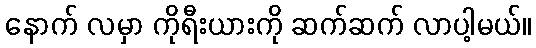
နောက် လမှာ ကိုရီးယားကို ဆက်ဆက် လာပါ့မယ်။